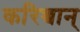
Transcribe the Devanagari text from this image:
करिच्चान्‌